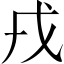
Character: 戎